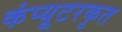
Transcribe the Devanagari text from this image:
कंप्यूटरकृत